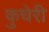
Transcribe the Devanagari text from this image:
कुचेरी